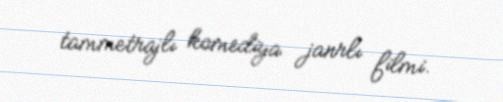
tammetrajlı komediya janrlı filmi.